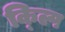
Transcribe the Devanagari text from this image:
क्ल्पि